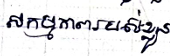
សកម្មភាពរបស់ខ្លួន